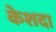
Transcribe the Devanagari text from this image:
केशदा